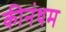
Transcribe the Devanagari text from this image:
कीनंधम